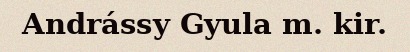
Andrássy Gyula m. kir.